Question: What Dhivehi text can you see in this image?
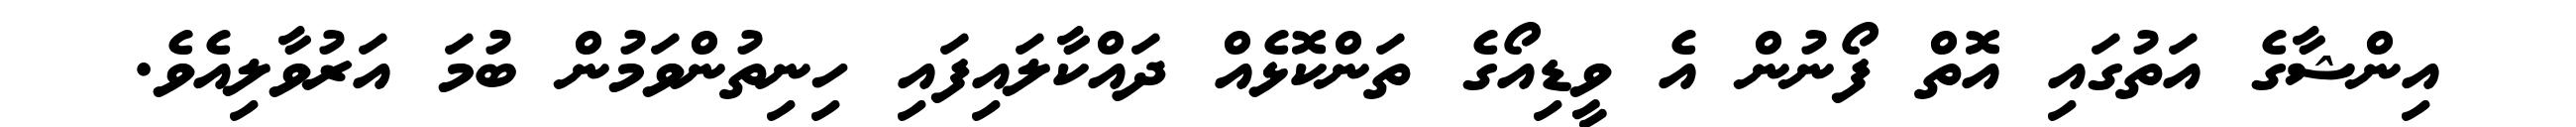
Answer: އިންޝާގެ އަތުގައި އޮތް ފޯނުން އެ ވީޑިއޯގެ ތަންކޮޅެއް ދައްކާލައިފައި ހިނިތުންވަމުން ބުމަ އަރުވާލިއެވެ.